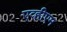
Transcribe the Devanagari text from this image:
एव्हीएम